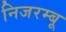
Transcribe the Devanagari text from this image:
निजरम्बू